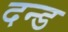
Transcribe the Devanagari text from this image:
दन्ड